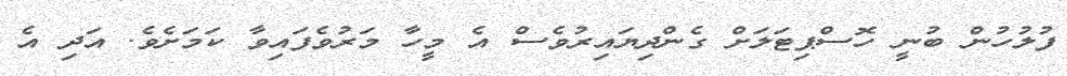
ފުލުހުން ބުނީ ހޮސްޕިޓަލަށް ގެންދިޔައިރުވެސް އެ މީހާ މަރުވެފައިވާ ކަމަށެވެ. އަދި އެ